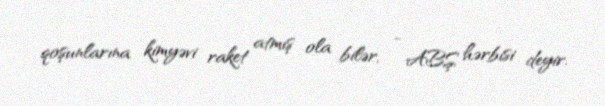
qoşunlarına kimyəvi raket atmış ola bilər, - ABŞ hərbisi deyir.